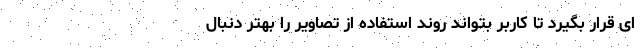
ای قرار بگیرد تا کاربر بتواند روند استفاده از تصاویر را بهتر دنبال